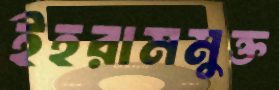
ইহরামমুক্ত